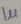
Text: 1µ